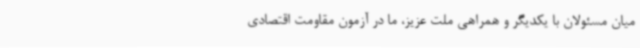
میان مسئولان با یکدیگر و همراهی ملت عزیز، ما در آزمون مقاومت اقتصادی